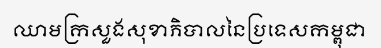
ឈាមក្រសួងសុខាភិបាលនៃប្រទេសកម្ពុជា